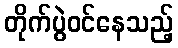
တိုက်ပွဲဝင်နေသည့်